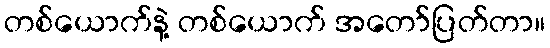
တစ်ယောက်နဲ့ တစ်ယောက် အတော်ပြတ်တာ။